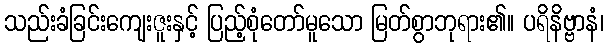
သည်းခံခြင်းကျေးဇူးနှင့် ပြည့်စုံတော်မူသော မြတ်စွာဘုရား၏။ ပရိနိဗ္ဗာနံ၊